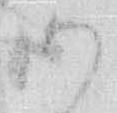
御